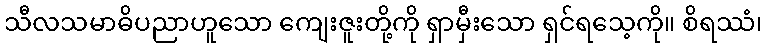
သီလသမာဓိပညာဟူသော ကျေးဇူးတို့ကို ရှာမှီးသော ရှင်ရသေ့ကို။ စိရဿံ၊